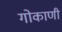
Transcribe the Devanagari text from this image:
गोकाणी